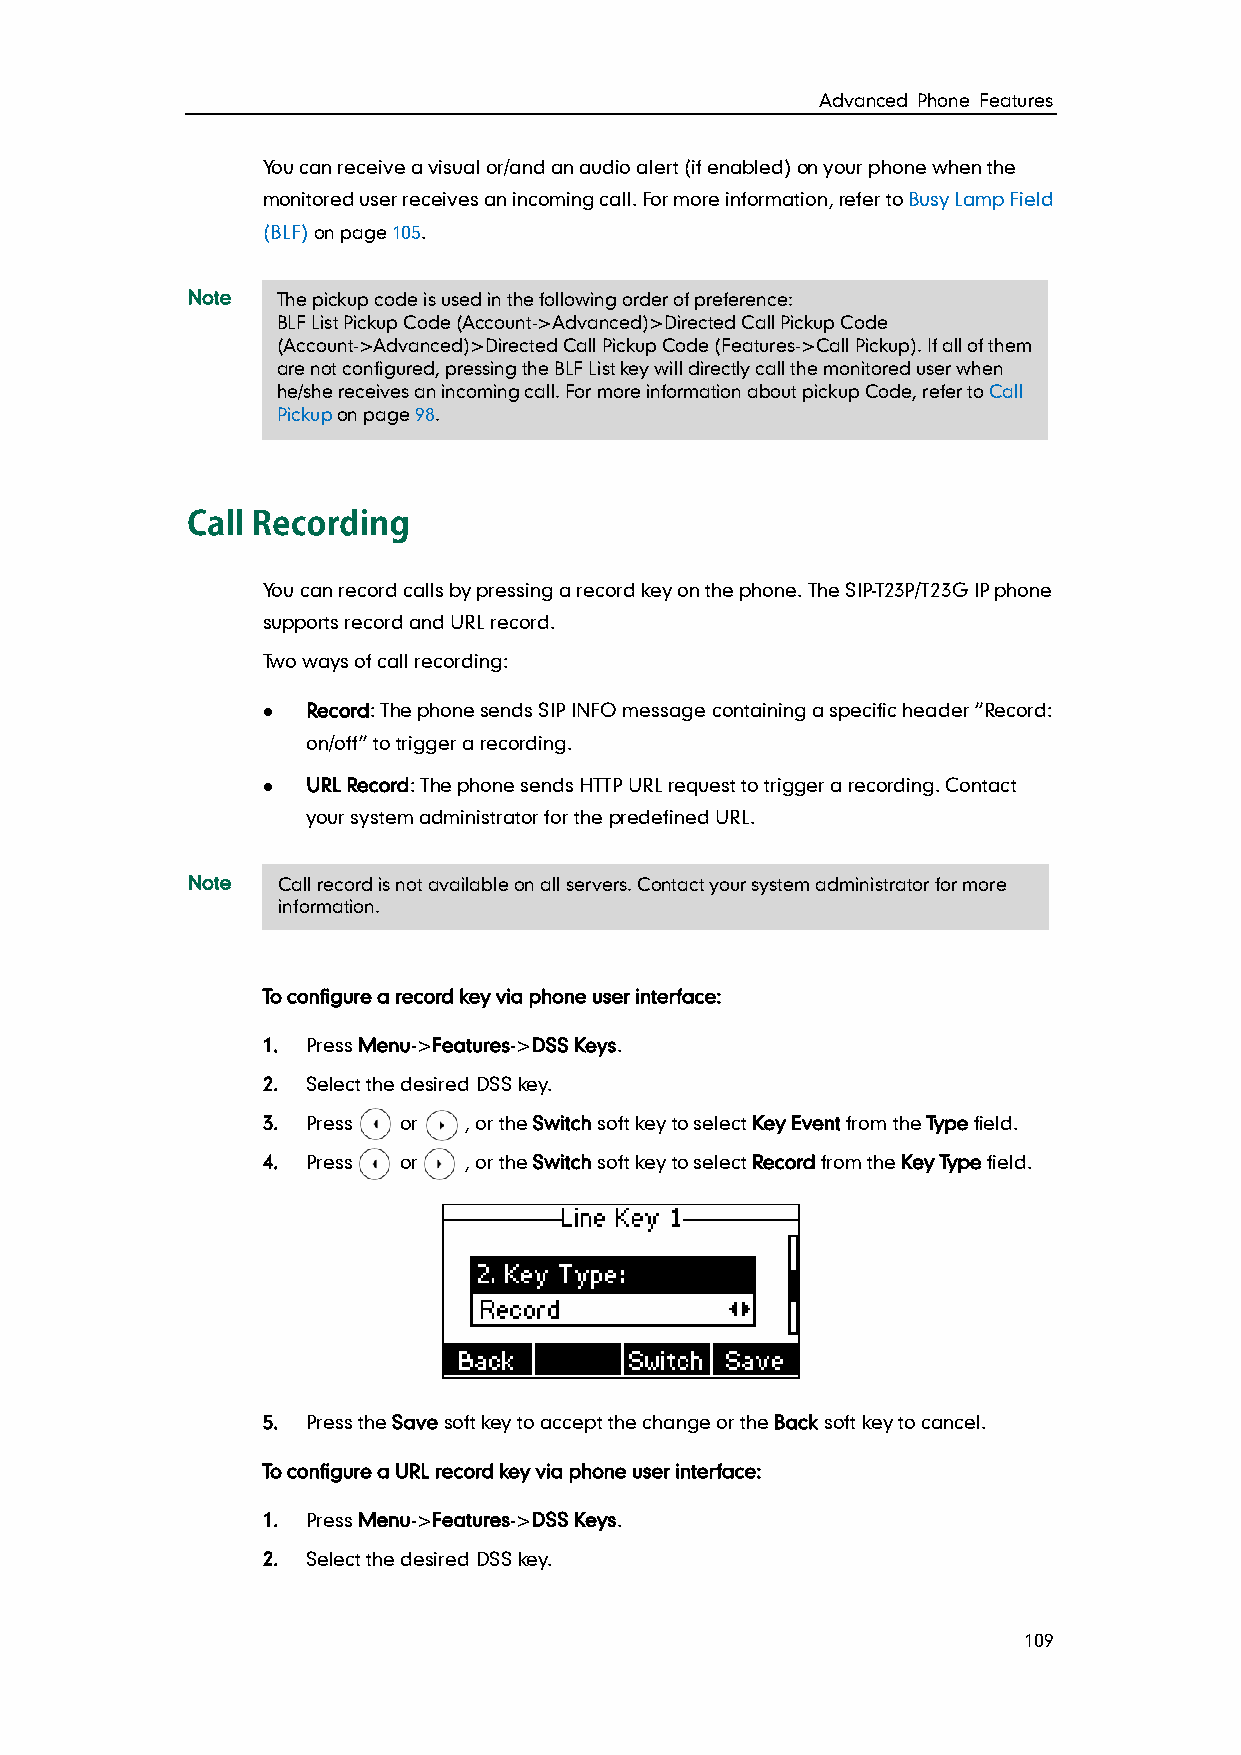
Advanced Phone Features
 You can receive a visual or/and an audio alert (if enabled) on your phone when the
 monitored user receives an incoming call. For more information, refer to Busy Lamp Field
 (BLF) on page 105.
 Note  The pickup code is used in the following order of preference:
 BLF List Pickup Code (Account->Advanced)>Directed Call Pickup Code
 (Account->Advanced)>Directed Call Pickup Code (Features->Call Pickup). If all of them
 are not configured, pressing the BLF List key will directly call the monitored user when
 he/she receives an incoming call. For more information about pickup Code, refer to Call
 Pickup on page 98.
 You can record calls by pressing a record key on the phone. The SIP-T23P/T23G IP phone
 supports record and URL record.
 Two ways of call recording:
   Record: The phone sends SIP INFO message containing a specific header “Record:
 on/off” to trigger a recording.
   URL Record: The phone sends HTTP URL request to trigger a recording. Contact
 your system administrator for the predefined URL.
 Note  Call record is not available on all servers. Contact your system administrator for more
 information.
 To configure a record key via phone user interface:
 1. Press Menu->Features->DSS Keys.
 2. Select the desired DSS key.
 3. Press or   , or the Switch soft key to select Key Event from the Type field.
 4. Press or   , or the Switch soft key to select Record from the Key Type field.
 5. Press the Save soft key to accept the change or the Back soft key to cancel.
 To configure a URL record key via phone user interface:
 1. Press Menu->Features->DSS Keys.
 2. Select the desired DSS key.
 109